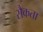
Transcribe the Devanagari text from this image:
सैकता